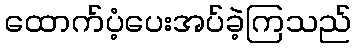
ထောက်ပံ့ပေးအပ်ခဲ့ကြသည်